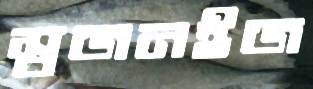
স্বজনইজ